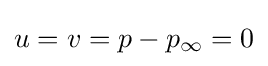
u=v=p-p_{\infty }=0